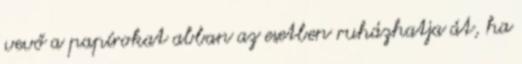
vevő a papírokat abban az esetben ruházhatja át, ha